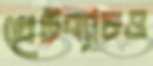
গ্রেটব্যাচও